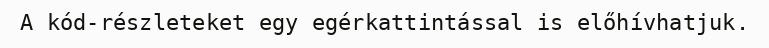
A kód-részleteket egy egérkattintással is előhívhatjuk.